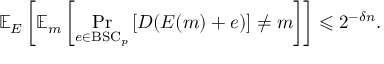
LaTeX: \mathbb { E } _ { E } \left[ \mathbb { E } _ { m } \left[ \operatorname* { P r } _ { e \in { \mathrm { B S C } } _ { p } } \left[ D ( E ( m ) + e ) \right] \neq m \right] \right] \leqslant 2 ^ { - \delta n } .